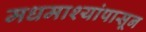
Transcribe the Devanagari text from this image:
मधमाश्यांपासून